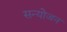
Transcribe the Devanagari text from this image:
सन्योजन